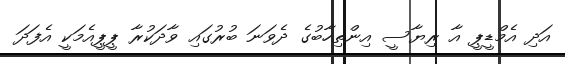
އަދި އެމްޑީޕީ އާ ރިޔާސީ އިންތިހާބުގެ ދެވަނަ ބުރުގައި ވާދަކުރާ ޕީޕީއެމަކީ އެފަދަ